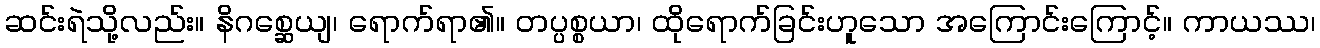
ဆင်းရဲသို့လည်း။ နိဂစ္ဆေယျ၊ ရောက်ရာ၏။ တပ္ပစ္စယာ၊ ထိုရောက်ခြင်းဟူသော အကြောင်းကြောင့်။ ကာယဿ၊